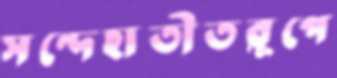
সন্দেহাতীতরূপে